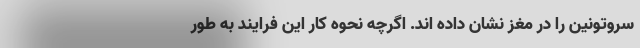
سروتونین را در مغز نشان داده اند. اگرچه نحوه کار این فرایند به طور